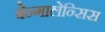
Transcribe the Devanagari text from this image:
बेन्गालेन्सिस